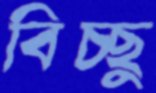
বিচ্ছু